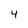
Character: 4